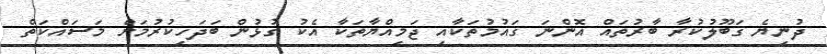
ދުނިޔެ ޤަބޫލުކުރާ ބާރުތައް އޮންނަ ޤައުމުތަކާއި ޖަމިއްޔާތަކާ އެކު ގުޅުން ބަދަހިކުރުމަށް މަސައްކަތް